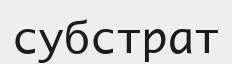
субстрат